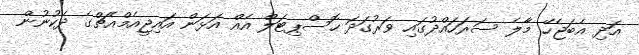
އަދި އެބަޖެހޭ މާލެ ސަރަހައްދުގައި ވަރުގަދަ ހޮސްޕިޓަލް އެއް އަޅަން އައިޖީއެމްއެޗްގެ ދެކުނުން